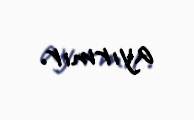
ayırmır.